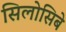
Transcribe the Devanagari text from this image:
सिलोसिबे